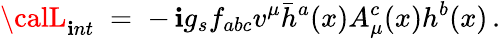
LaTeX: {\calL}_{\mathbf{i}nt}\; =\; -\, \mathbf{i}g_{s}f_{abc}v^{\mu}\bar{{h}}^{a}(x)A_{\mu}^{c}(x)h^{b}(x)\, .